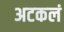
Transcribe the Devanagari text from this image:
अटकलं